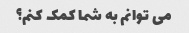
می توانم به شما کمک کنم؟